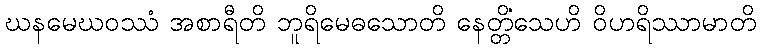
ဃနမေဃဝဿံ အစာရီတိ ဘူရိမေဓသောတိ နေတ္တိံသေဟိ ဝိဟရိဿာမာတိ